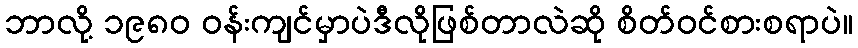
ဘာလို့ ၁၉၈၀ ဝန်းကျင်မှာပဲဒီလိုဖြစ်တာလဲဆို စိတ်ဝင်စားစရာပဲ။